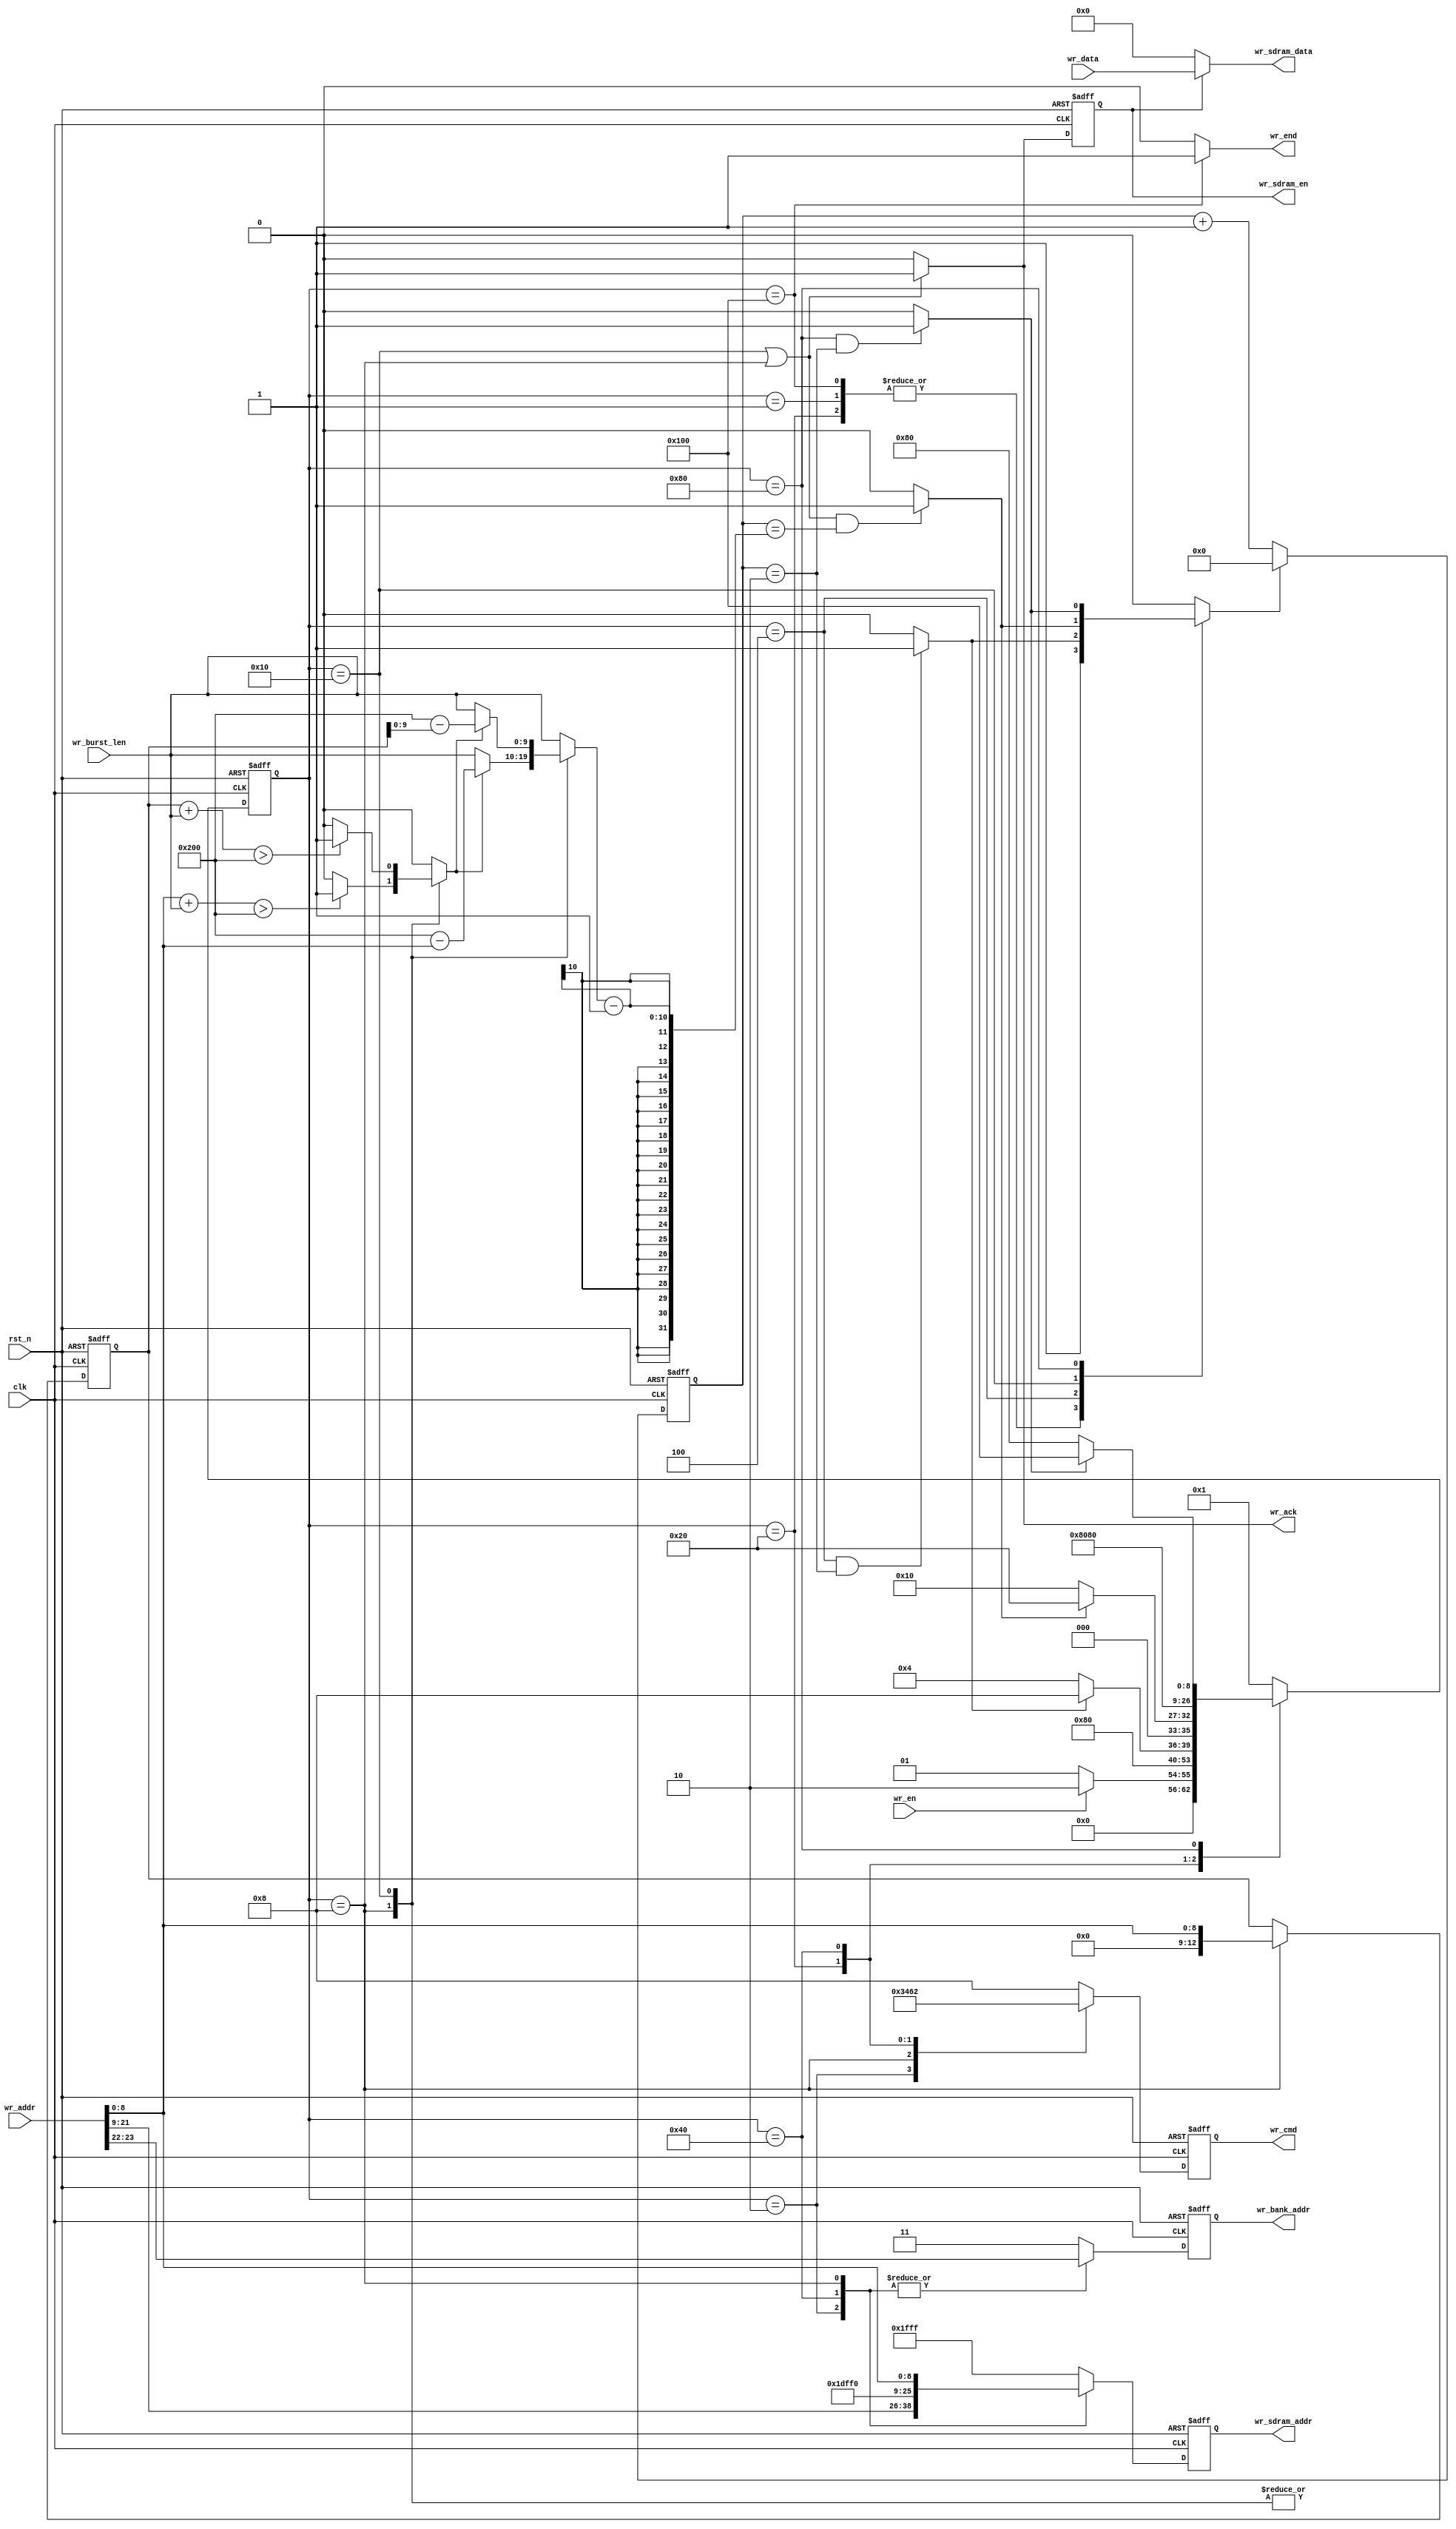
`timescale 1ns / 1ps
//////////////////////////////////////////////////////////////////////////////////
// Module Name: sdram_write
// Description: SDRAM, full-page
//////////////////////////////////////////////////////////////////////////////////


module sdram_write(
        input   wire        clk             ,
        input   wire        rst_n           ,
        input   wire        wr_en           ,
        input   wire [23:0] wr_addr         ,  //2bit Bank_addr + 13bit Row_addr + 9bit Column_addr
        input   wire [15:0] wr_data         ,
        input   wire [9:0]  wr_burst_len    ,
        
        output  reg  [3:0]  wr_cmd          ,
        output  reg  [1:0]  wr_bank_addr    ,
        output  reg  [12:0] wr_sdram_addr   ,
        output  wire [15:0] wr_sdram_data   ,
        output  wire        wr_end          ,
        output  wire        wr_ack          ,
        output  reg         wr_sdram_en     
    );
    
    //
    parameter   MAX_COLUMN  =   10'd512     ;
    
    //
    parameter   IDLE        =   9'b000_000_001,
                ACTIVE      =   9'b000_000_010,
                WAIT_TRCD   =   9'b000_000_100,
                WRITE       =   9'b000_001_000,
                BURST_WRITE =   9'b000_010_000,
                BURST_TERM  =   9'b000_100_000,
                PRE_CHARG   =   9'b001_000_000,
                WAIT_TRP    =   9'b010_000_000,
                WR_END      =   9'b100_000_000;
                
    //
    parameter   NOP_CMD         =   4'b1000,
                ACTIVE_CMD      =   4'b0011,
                WRITE_CMD       =   4'b0100,
                BURST_TERM_CMD  =   4'b0110,
                PRE_CHARG_CMD   =   4'b0010;
                
    //
    parameter   TRCD            =   9'd2    ,
                TRP             =   9'd2    ;
    
                
                
    //
    wire [1:0]    bank_addr   ; 
    wire [12:0]   row_addr    ;
    wire [8:0]    column_addr ;
    
    assign bank_addr    = wr_addr[23:22]        ;
    assign row_addr     = wr_addr[21:9]         ;
    assign column_addr  = {4'b0,wr_addr[8:0]}   ;
    
    
    
                
    //
    reg     [8:0]   state           ;
    reg     [8:0]   next_state      ;
    reg     [8:0]   cnt_clk         ; //
    reg             cnt_clk_res     ; //,
    wire            trcd_end        ; //Trcd
    wire            trp_end         ; //Trp    
    wire            burst_end       ; //flag
    
    //(, , )
    reg             wr_overflow     ; //(column_addr + wr_burst_len) > MAX_COLUMN
    reg     [9:0]   burst_len       ; //,wr_burst_len, 
    reg     [12:0]  column_addr_reg ; //
    
    

    
    
    //cnt_clk
    always@(posedge clk or negedge rst_n) begin
        if(!rst_n) begin
            cnt_clk <= 9'd0;
        end else if(cnt_clk_res) begin
            cnt_clk <= 9'd0;
        end else begin
            cnt_clk <= cnt_clk + 9'd1;
        end
    end
    
    //
    assign trcd_end = (state == WAIT_TRCD && cnt_clk == TRCD)?1'b1:1'b0;
    assign trp_end  = (state == WAIT_TRP && cnt_clk == TRP)?1'b1:1'b0;
    
    //flag, BURST_WRITEWRITE
    assign burst_end = ((state == BURST_WRITE || state == WRITE) && cnt_clk == (burst_len - 1))?1'b1:1'b0;
    
    //cnt_clk_res
    always@(*) begin    
        case(state) 
            IDLE, BURST_TERM, WR_END: begin
                cnt_clk_res = 1'b1;
            end 
            WAIT_TRCD: begin
                cnt_clk_res = trcd_end;
            end 
            BURST_WRITE: begin
                cnt_clk_res = burst_end;
            end
            WAIT_TRP: begin
                cnt_clk_res = trp_end;
            end
            default: begin
                cnt_clk_res = 1'b0;
            end
        endcase
    end
    
    //
    
    //
    always@(posedge clk or negedge rst_n) begin
        if(!rst_n) begin
            state <= IDLE;
        end else begin
            state <= next_state;
        end
    end
    
    //
    //next_state
    always@(*) begin
        case(state) 
            IDLE: begin
                if(wr_en) begin
                    next_state = ACTIVE;
                end else begin
                    next_state = IDLE;
                end
            end
            
            ACTIVE: begin
                next_state = WAIT_TRCD;
            end
            
            WAIT_TRCD: begin
                if(trcd_end) begin
                    next_state = WRITE;
                end else begin
                    next_state = WAIT_TRCD;
                end
            end
            
            WRITE: begin
                if(burst_end) begin
                    next_state = BURST_TERM;  //1,
                end else begin
                    next_state = BURST_WRITE;               
                end
            end
            
            BURST_WRITE: begin
                if(burst_end) begin
                    next_state = BURST_TERM;
                end else begin
                    next_state = BURST_WRITE;
                end
            end
            
            BURST_TERM: begin
                next_state = PRE_CHARG;
            end
            
            PRE_CHARG: begin
                next_state = WAIT_TRP;
            end
            
            WAIT_TRP: begin
                if(trp_end) begin
                    next_state = WR_END;
                end else begin
                    next_state = WAIT_TRP;
                end
            end
            
            WR_END: begin
                next_state = IDLE;
            end
            
            default: begin
                next_state = IDLE;
            end
            
        endcase
    end
    
    //(, , )
    
    //column_addr_reg
    always@(posedge clk or negedge rst_n) begin
        if(!rst_n) begin
            column_addr_reg <= 13'b0;
        end else if(state == WRITE) begin //
            column_addr_reg <= column_addr;
        end else begin
            column_addr_reg <= column_addr_reg;
        end
    end
    
    
    //wr_overflow
    always@(*) begin
        case(state) 
            WRITE: begin //WRITE
                wr_overflow = (column_addr + wr_burst_len > MAX_COLUMN)?1'b1:1'b0;
            end
            
            BURST_WRITE: begin //
                wr_overflow = (column_addr_reg + wr_burst_len > MAX_COLUMN)?1'b1:1'b0;
            end
            
            default: begin //overflow
                wr_overflow = 1'b0;
            end
        endcase
    end
    
    //burst_len
    always@(*) begin
        case(state) 
            WRITE: begin //WRITE
                if(wr_overflow) begin
                    burst_len = MAX_COLUMN - column_addr;
                end else begin      //wr_burst_len
                    burst_len = wr_burst_len;
                end
            end
            
            BURST_WRITE: begin //
                if(wr_overflow) begin
                    burst_len = MAX_COLUMN - column_addr_reg;
                end else begin     //wr_burst_len
                    burst_len = wr_burst_len;
                end
            end
            
            default: begin //
                burst_len = wr_burst_len;
            end
        endcase
    end    
    
    
    
    //
    //wr_cmd
    always@(posedge clk or negedge rst_n) begin
        if(!rst_n) begin
            wr_cmd <= NOP_CMD;
        end else case(state) 
            ACTIVE: begin
                wr_cmd <= ACTIVE_CMD;
            end
            WRITE: begin
                wr_cmd <= WRITE_CMD;
            end
            BURST_TERM: begin
                wr_cmd <= BURST_TERM_CMD;
            end
            PRE_CHARG: begin
                wr_cmd <= PRE_CHARG_CMD;
            end
            default: begin
                wr_cmd <= NOP_CMD;
            end
        endcase
    end
    
    //wr_bank_addr
    always@(posedge clk or negedge rst_n) begin
        if(!rst_n) begin
            wr_bank_addr <= 2'b11;
        end else case(state)
            ACTIVE, WRITE, PRE_CHARG: begin
                wr_bank_addr <= bank_addr; //bank
            end
            default: begin
                wr_bank_addr <= 2'b11;
            end
        endcase
    end
    
    //wr_sdram_addr
    always@(posedge clk or negedge rst_n) begin
        if(!rst_n) begin
            wr_sdram_addr <= 13'h1fff;
        end else case(state)
            ACTIVE: begin
                wr_sdram_addr <= row_addr; //
            end
            PRE_CHARG: begin
                wr_sdram_addr <= 13'h1dff; //A[10],bank
            end
            WRITE: begin
                wr_sdram_addr <= column_addr; //
            end
            default: begin
                wr_sdram_addr <= 13'h1fff;
            end
        endcase
    end    
    
    //wr_sdram_data
    assign wr_sdram_data = (wr_sdram_en)?wr_data:16'b0;
    
    //wr_end
    assign wr_end = (state == WR_END)?1'b1:1'b0;
    
    //wr_ack
    //,FIFO(wr_fifo)(FIFO)
    assign wr_ack = (state == WRITE || state == BURST_WRITE)?1'b1:1'b0;
    
    //wr_sdram_en
    always@(posedge clk or negedge rst_n) begin
        if(!rst_n) begin
            wr_sdram_en <= 1'b0;
        end else begin
            wr_sdram_en <= wr_ack;
        end
    end
    
endmodule